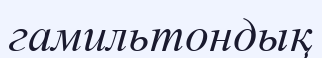
гамильтондық